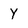
Character: Y